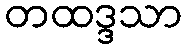
တထဒ္ဒသာ